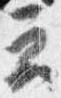
云